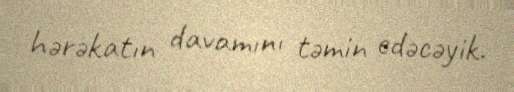
hərəkatın davamını təmin edəcəyik.